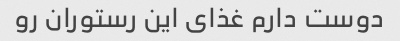
دوست دارم غذای این رستوران رو